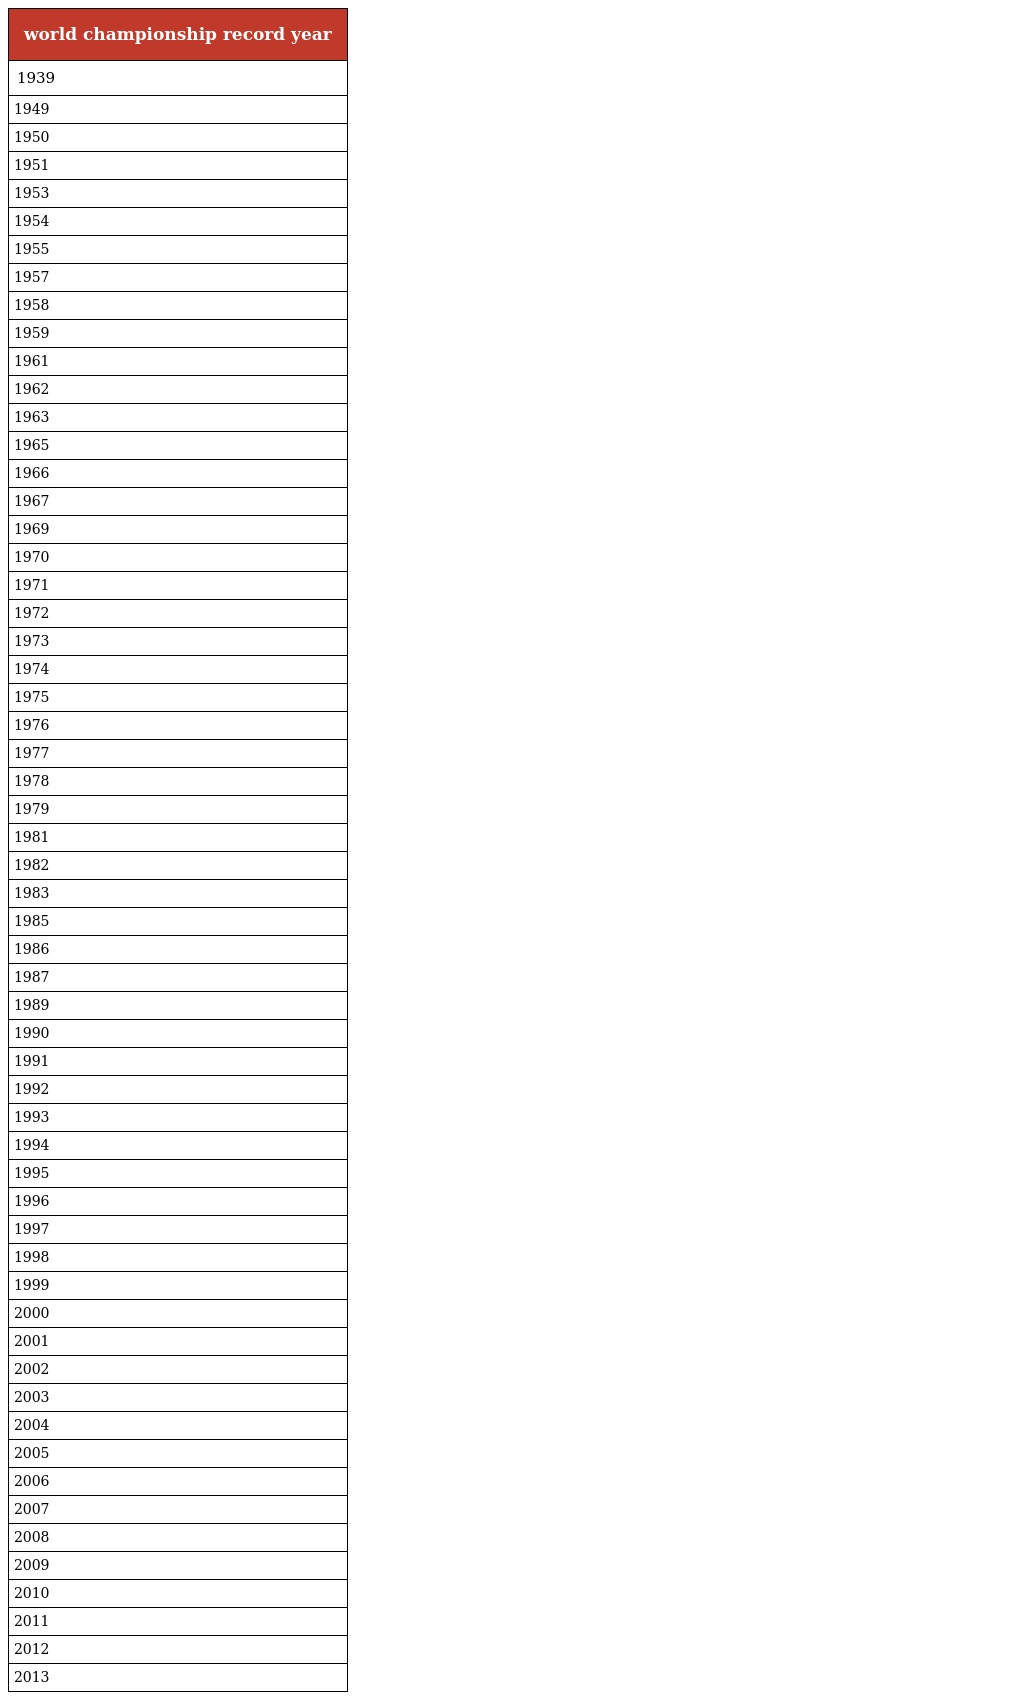
| world championship record year |
 | --- |
 | 1939 |
 | 1949 |
 | 1950 |
 | 1951 |
 | 1953 |
 | 1954 |
 | 1955 |
 | 1957 |
 | 1958 |
 | 1959 |
 | 1961 |
 | 1962 |
 | 1963 |
 | 1965 |
 | 1966 |
 | 1967 |
 | 1969 |
 | 1970 |
 | 1971 |
 | 1972 |
 | 1973 |
 | 1974 |
 | 1975 |
 | 1976 |
 | 1977 |
 | 1978 |
 | 1979 |
 | 1981 |
 | 1982 |
 | 1983 |
 | 1985 |
 | 1986 |
 | 1987 |
 | 1989 |
 | 1990 |
 | 1991 |
 | 1992 |
 | 1993 |
 | 1994 |
 | 1995 |
 | 1996 |
 | 1997 |
 | 1998 |
 | 1999 |
 | 2000 |
 | 2001 |
 | 2002 |
 | 2003 |
 | 2004 |
 | 2005 |
 | 2006 |
 | 2007 |
 | 2008 |
 | 2009 |
 | 2010 |
 | 2011 |
 | 2012 |
 | 2013 |